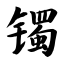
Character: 镯